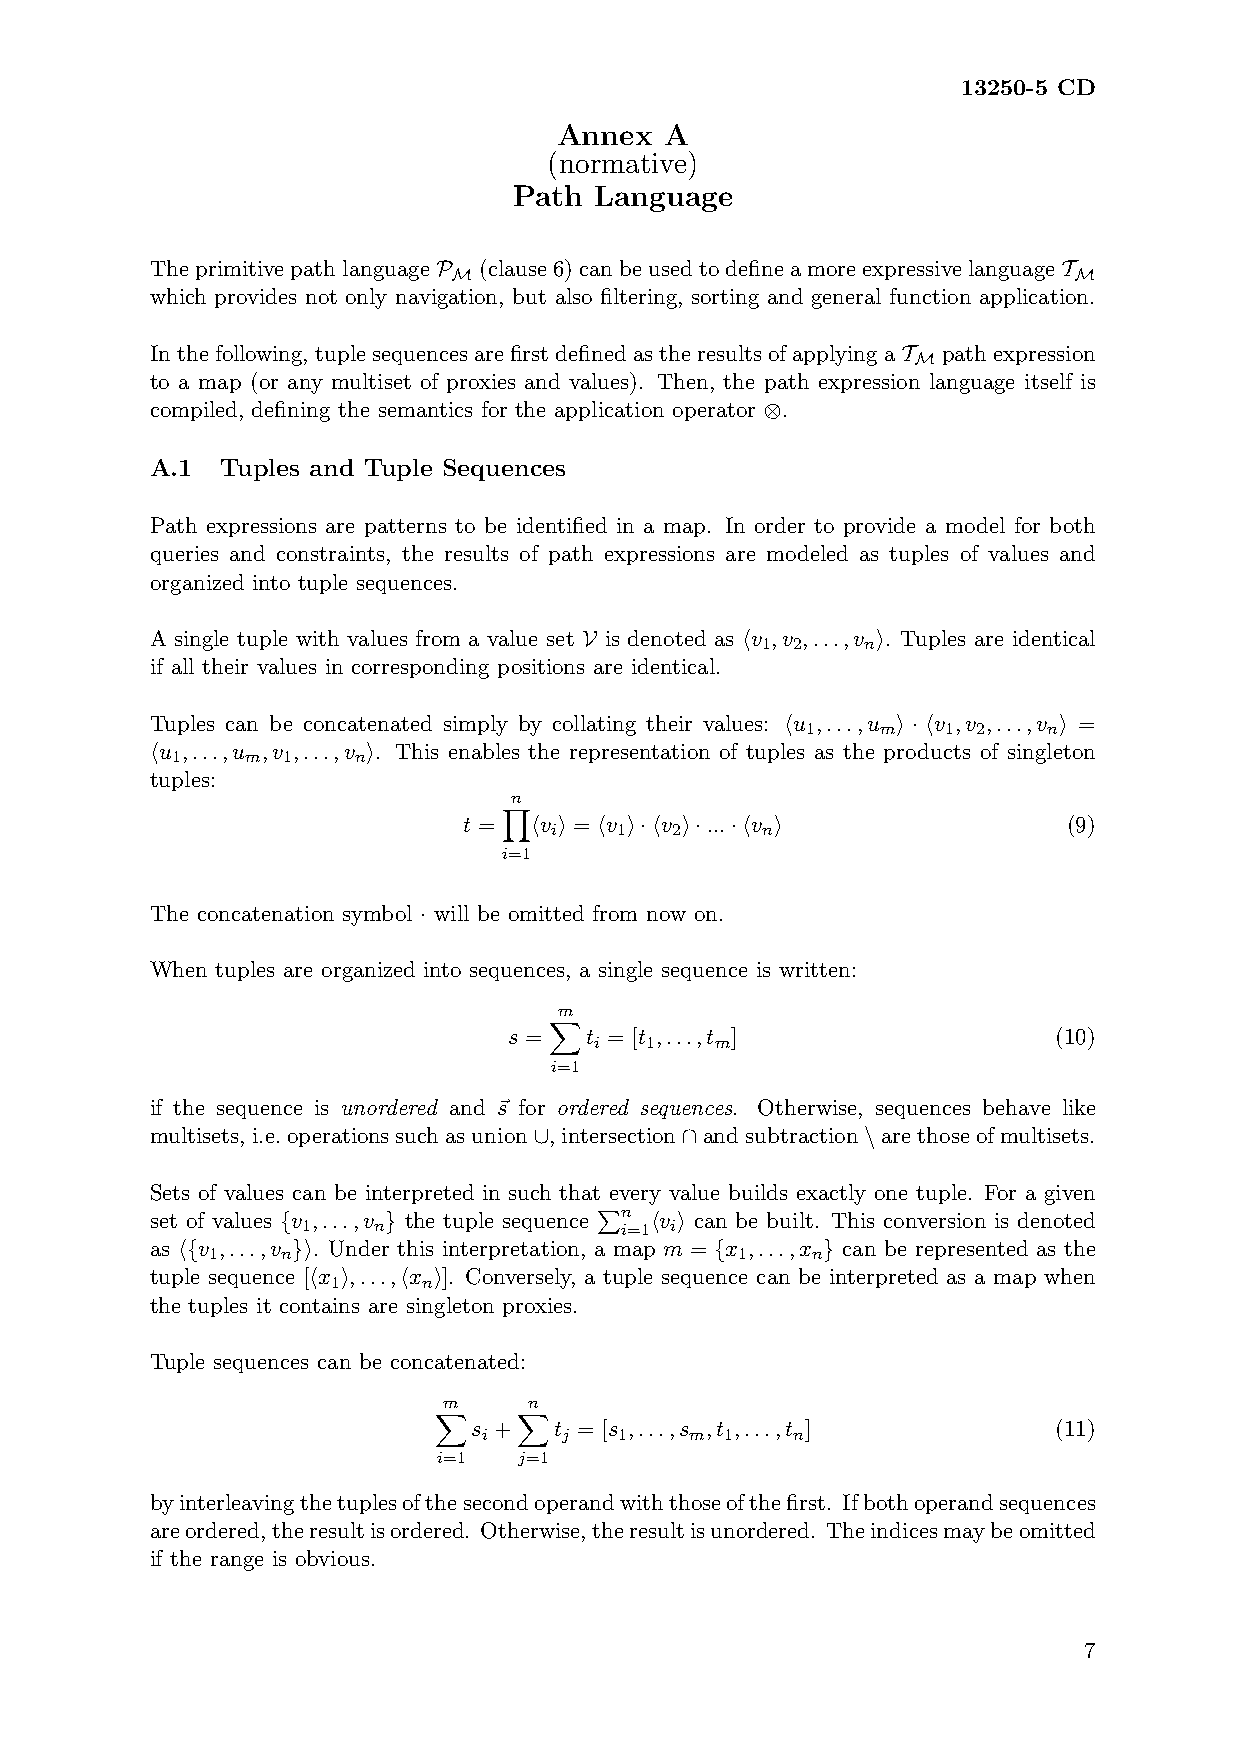
13250-5 CD
 Annex  A
 (normative)
 Path Language
 TheprimitivepathlanguageP (clause6)canbeusedtodefineamoreexpressivelanguageT
 M                                        M
 which provides not only navigation, but also filtering, sorting and general function application.
 Inthefollowing, tuplesequencesarefirstdefinedastheresultsofapplyingaT pathexpression
 M
 to a map (or any multiset of proxies and values). Then, the path expression language itself is
 compiled, defining the semantics for the application operator ⊗.
 A.1  Tuples and Tuple Sequences
 Path expressions are patterns to be identified in a map. In order to provide a model for both
 queries and constraints, the results of path expressions are modeled as tuples of values and
 organized into tuple sequences.
 A single tuple with values from a value set V is denoted as hv ,v ,...,v i. Tuples are identical
 1 2    n
 if all their values in corresponding positions are identical.
 Tuples can be concatenated simply by collating their values: hu ,...,u i · hv ,v ,...,v i =
 1    m    1 2   n
 hu ,...,u ,v ,...,v i. This enables the representation of tuples as the products of singleton
 1    m  1   n
 tuples:
 n
 Y
 t = hv i = hv i·hv i·...·hv i           (9)
 i    1  2     n
 i=1
 The concatenation symbol · will be omitted from now on.
 When tuples are organized into sequences, a single sequence is written:
 m
 X
 s =  t = [t ,...,t ]                (10)
 i   1   m
 i=1
 if the sequence is unordered and ~s for ordered sequences. Otherwise, sequences behave like
 multisets, i.e.operationssuchasunion∪, intersection∩andsubtraction\arethoseofmultisets.
 Sets of values can be interpreted in such that every value builds exactly one tuple. For a given
 set of values {v ,...,v } the tuple sequence
 Pn
 hv i can be built. This conversion is denoted
 1    n               i=1 i
 as h{v ,...,v }i. Under this interpretation, a map m = {x ,...,x } can be represented as the
 1    n                             1    n
 tuple sequence [hx i,...,hx i]. Conversely, a tuple sequence can be interpreted as a map when
 1     n
 the tuples it contains are singleton proxies.
 Tuple sequences can be concatenated:
 m     n
 X    X
 s +   t = [s ,...,s ,t ,...,t ]        (11)
 i    j   1    m 1   n
 i=1  j=1
 byinterleavingthetuplesofthesecondoperandwiththoseofthefirst. Ifbothoperandsequences
 areordered,theresultisordered. Otherwise,theresultisunordered. Theindicesmaybeomitted
 if the range is obvious.
 7